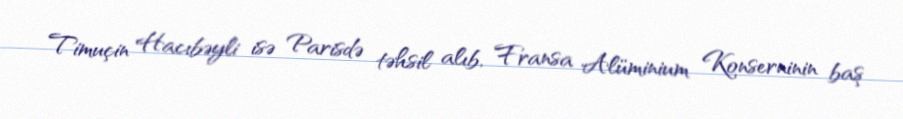
Timuçin Hacıbəyli isə Parisdə təhsil alıb, Fransa Alüminium Konserninin baş